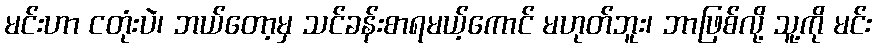
မင်းဟာ ငတုံးပဲ၊ ဘယ်တော့မှ သင်ခန်းစာရမယ့်ကောင် မဟုတ်ဘူး၊ ဘာဖြစ်လို့ သူ့ကို မင်း